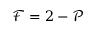
\mathcal { F } = 2 - \mathcal { P }